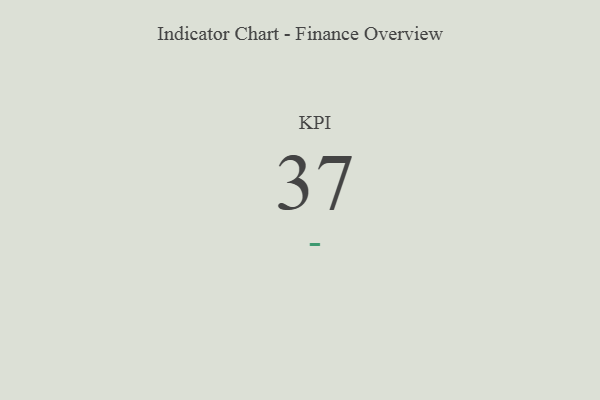
{"axis": {"x": "KPI", "y": "Value"}, "legend": [""], "data": [{"x": "KPI", "y": 37, "type": ""}]}